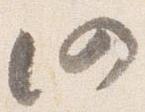
仍